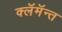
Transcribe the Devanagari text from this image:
क्लॅमॅन्त